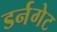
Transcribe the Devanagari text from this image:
डर्नगेट